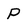
Character: P